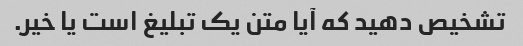
تشخیص دهید که آیا متن یک تبلیغ است یا خیر.